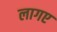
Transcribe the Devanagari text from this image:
लागए